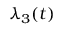
\lambda _ { 3 } ( t )